Indian journal of veterinary science and animal husbandry - Volumes 26-27, 1956-1957
Year: 1956
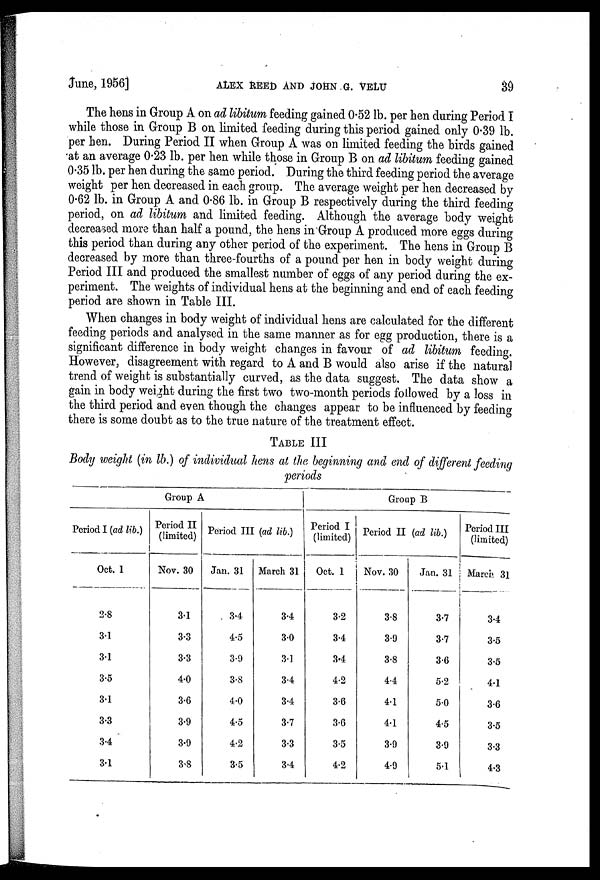
June, 1956]
ALEX
REED
AND
JOHN
G.
VELU
39
The hens in Group A on ad libitum feeding gained 0.52 lb. per hen during Period I
while those in Group B on limited feeding during this period gained only 0.39 lb.
per hen. During Period II when Group A was on limited feeding the birds gained
at an average 0.23 lb. per hen while those in Group B on ad libitum feeding gained
0.35 lb. per hen during the same period. During the third feeding period the average
weight per hen decreased in each group. The average weight per hen decreased by
0.62 lb. in Group A and 0.86 lb. in Group B respectively during the third feeding
period, on ad libitum and limited feeding. Although the average body weight
decreased more than half a pound, the hens in Group A produced more eggs during
this period than during any other period of the experiment. The hens in Group B
decreased by more than three-fourths of a pound per hen in body weight during
Period III and produced the smallest number of eggs of any period during the ex-
periment. The weights of individual hens at the beginning and end of each feeding
period are shown in Table III.
When changes in body weight of individual hens are calculated for the different
feeding periods and analysed in the same manner as for egg production, there is a
significant difference in body weight changes in favour of ad libitum feeding.
However, disagreement with regard to A and B would also arise if the natural
trend of weight is substantially curved, as the data suggest. The data show a
gain in body weight during the first two two-month periods followed by a loss in
the third period and even though the changes appear to be influenced by feeding
there is some doubt as to the true nature of the treatment effect.
TABLE III
Body weight (in lb.) of individual hens at the beginning and end of different feeding
periods
Period I (ad lib.)
Oct. 1
2.8
3.1
3.1
3.5
3.1
3.3
34
3.1
Group A
Period II
(limited)
Nov. 30
3.1
3.3
3.3
4.0
3.6
3.9
3.9
3.8
Period III
Jan. 31
3.4
4.5
3.9
3.8
4.0
4.5
4.2
3.5
(ad lib.)
March 31
3.4
3.0
3.1
3.4
3.4
3.7
3.3
3.4
Group B
Period I
(limited)
Oct. 1
3.2
3.4
3.4
4.2
3.6
3.6
3.5
4.2
Period II
Nov. 30
3.8
3.9
3.8
4.4
4.1
4.1
3.9
4.9
(ad lib.)
Jan. 31
3.7
3.7
3.6
5.2
5.0
4.5
3.9
5.1
Period III
(limited)
March 31
3.4
3.5
3.5
4.1
3.6
3.5
3.3
4.3